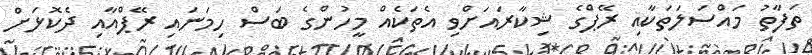
ތަފާތު މައްސަލަތަކާއި ރޭޕްގެ ޝިކާރައަށްވި އެތަކެއް މީހުންގެ ބަސް ހިމަނައި ރޭޕްއާއި ދެކޮޅަށް